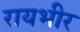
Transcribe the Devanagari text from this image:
रायभीर